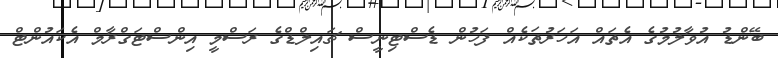
ބޭންޑު އުވާލުމުގެ އެތައް އަހަރުތަކެއް ފަހުން ޑެސްޓިނީސް ޗައިލްޑްގެ ރަސްމީ އިންސްޓަގްރާމް އެކައުންޓް